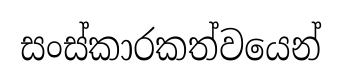
සංස්කාරකත්වයෙන්